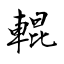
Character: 輥